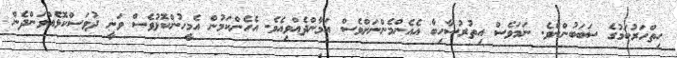
ހިތްހަރުކަމުގެ ސަބަބުންނެވެ. ނަމަވެސް އިތުރުސާހިބާ އެއެންމެންނަށްވެސް އަމާންދެއްވިއެވެ. އެހެންކަމުން އެމީހުންކޮޅުވެސް ވަނީ ދުވަސްކޮޅެއްވަންދެން